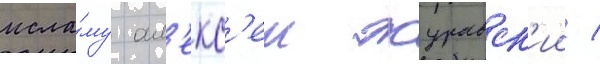
исла́му ал'екс'еи журавск'ии /